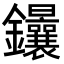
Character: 𨰴